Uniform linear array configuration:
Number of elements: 24
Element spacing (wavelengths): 1
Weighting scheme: uniform
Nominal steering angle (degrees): -15
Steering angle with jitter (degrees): -16.479
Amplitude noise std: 0.05
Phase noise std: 0.05

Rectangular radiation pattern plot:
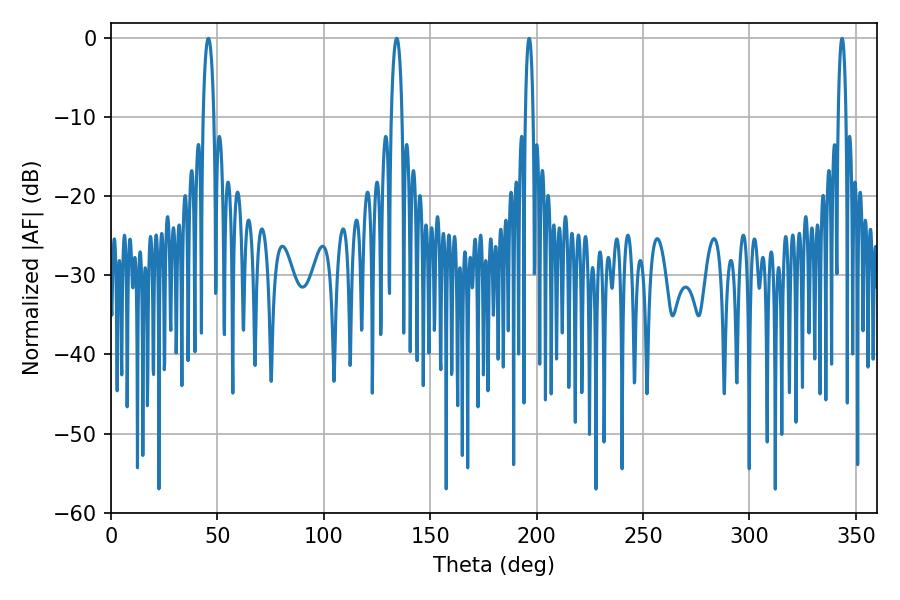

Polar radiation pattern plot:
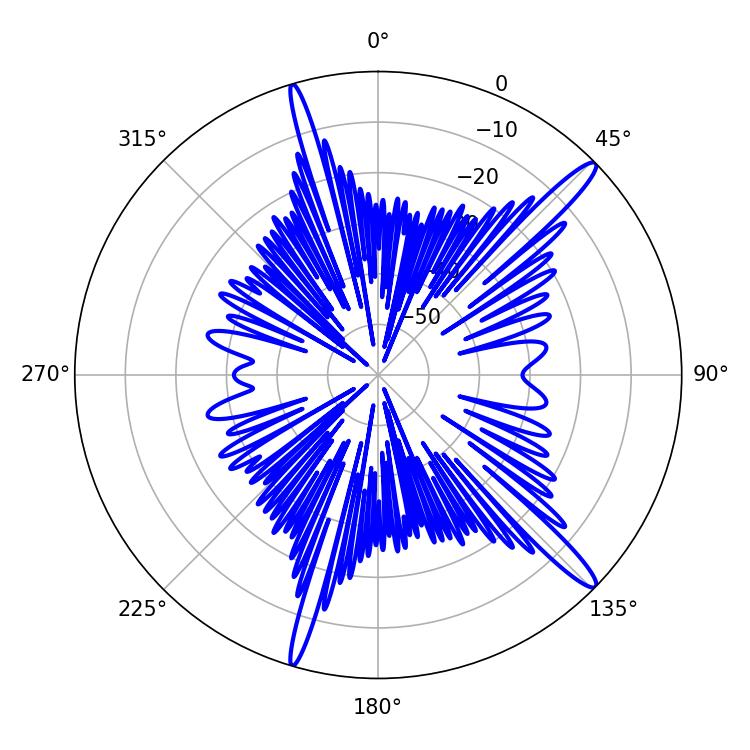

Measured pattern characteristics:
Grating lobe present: TRUE
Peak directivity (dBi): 15.238
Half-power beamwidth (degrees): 2.88
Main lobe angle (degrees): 45.72